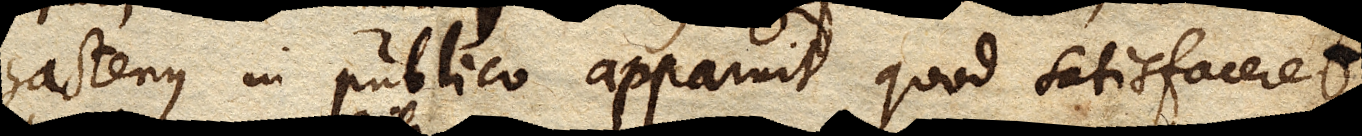
hactenus in publico apparuit, quod satisfaceret